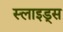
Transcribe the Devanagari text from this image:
स्‍लाइड्स